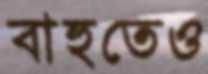
বাহুতেও